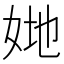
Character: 𡜤